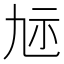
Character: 𮁝